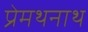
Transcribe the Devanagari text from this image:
प्रेमथनाथ